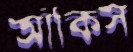
আঁকিস